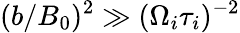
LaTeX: (b/B_{0})^{2}\gg(\Omega_{i}\tau_{i})^{-2}